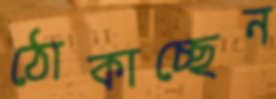
ঠোকাচ্ছেন